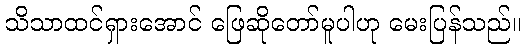
သိသာထင်ရှားအောင် ဖြေဆိုတော်မူပါဟု မေးပြန်သည်။